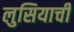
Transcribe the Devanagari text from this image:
लुसियाची